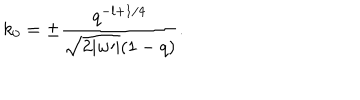
LaTeX: k _ { 0 } = \pm \frac { q ^ { - l + 1 / 4 } } { \sqrt { 2 | w \prime | } ( 1 - q ) } .